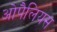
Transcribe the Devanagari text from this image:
ओपैलियस